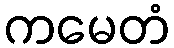
ကမေတံ